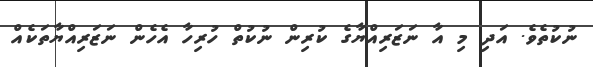
ނުކުތެވެ. އަދި މި އާ ނަޒަރިއްޔާގެ ކުރިން ނުކުތް ހުރިހާ އެހެން ނަޒަރިއްޔާތަކެއް